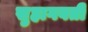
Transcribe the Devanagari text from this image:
सुहागवती